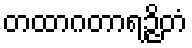
တထာဂတာရဉ္ဇိတံ